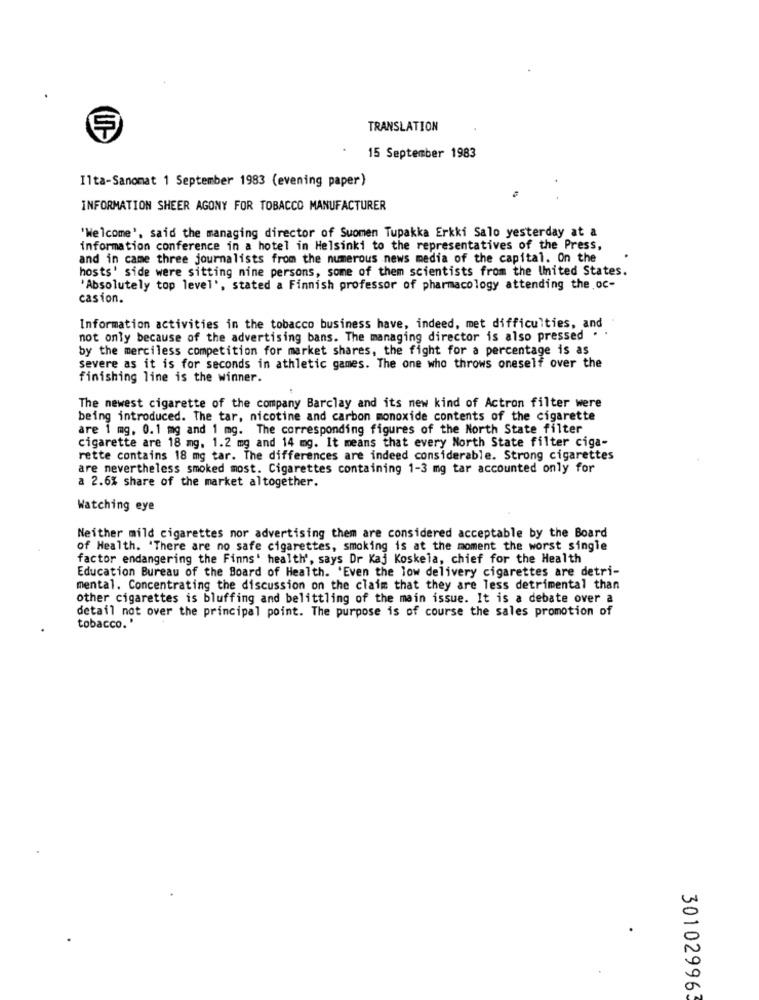
TRANSLATION
15 September 1983
Ilta-Sanomat 1 September 1983 (evening paper)
INFORMATION SHEER AGONY FOR TOBACCO MANUFACTURER
'Welcome'. said the managing director of Suomen Tupakka Erkki Salo yesterday at a
information conference in a hotel in Helsinki to the representatives of the Press,
and in came three journalists from the numerous news media of the capital. On the
hosts' side were sitting nine persons, some of them scientists from the United States.
'Absolutely top level', stated a Finnish professor of pharmacology attending the oc-
casion.
Information activities in the tobacco business have, indeed, met difficulties, and
not only because of the advertising bans. The managing director is also pressed .
by the merciless competition for market shares, the fight for a percentage is as
severe as it is for seconds in athletic games. The one who throws oneself over the
finishing line is the winner.
The newest cigarette of the company Barclay and its new kind of Actron filter were
being introduced. The tar, nicotine and carbon monoxide contents of the cigarette
are 1 mg. 0.1 mg and 1 mg. The corresponding figures of the North State filter
cigarette are 18 mg. 1.2 mg and 14 mg. It means that every North State filter ciga-
rette contains 18 mg tar. The differences are indeed considerable. Strong cigarettes
are nevertheless smoked most. Cigarettes containing 1-3 mg tar accounted only for
a 2.6% share of the market altogether.
Watching eye
Neither mild cigarettes nor advertising them are considered acceptable by the Board
of Health. 'There are no safe cigarettes, smoking is at the moment the worst single
factor endangering the Finns' health', says Dr Kaj Koskela, chief for the Health
Education Bureau of the Board of Health. 'Even the low delivery cigarettes are detri-
mental. Concentrating the discussion on the claim that they are less detrimental than
other cigarettes is bluffing and belittling of the main issue. It is a debate over a
detail not over the principal point. The purpose is of course the sales promotion of
tobacco. '
301029963